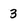
Character: 3